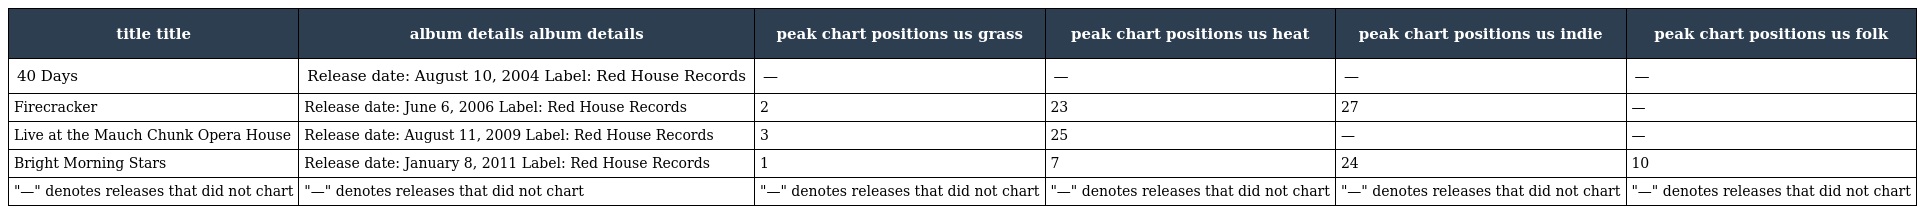
| title title | album details album details | peak chart positions us grass | peak chart positions us heat | peak chart positions us indie | peak chart positions us folk |
 | --- | --- | --- | --- | --- | --- |
 | 40 Days | Release date: August 10, 2004 Label: Red House Records | — | — | — | — |
 | Firecracker | Release date: June 6, 2006 Label: Red House Records | 2 | 23 | 27 | — |
 | Live at the Mauch Chunk Opera House | Release date: August 11, 2009 Label: Red House Records | 3 | 25 | — | — |
 | Bright Morning Stars | Release date: January 8, 2011 Label: Red House Records | 1 | 7 | 24 | 10 |
 | "—" denotes releases that did not chart | "—" denotes releases that did not chart | "—" denotes releases that did not chart | "—" denotes releases that did not chart | "—" denotes releases that did not chart | "—" denotes releases that did not chart |